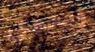
ويحصل